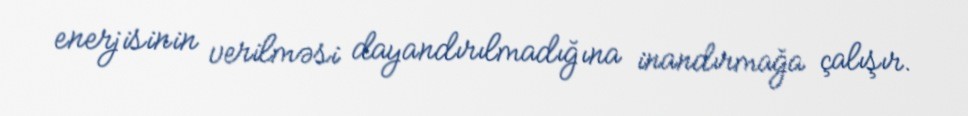
enerjisinin verilməsi dayandırılmadığına inandırmağa çalışır.